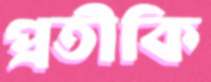
প্রতীকি